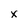
Character: x